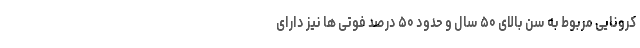
کرونایی مربوط به سن بالای ۵۰ سال و حدود ۵۰ درصد فوتی ها نیز دارای